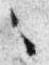
之